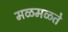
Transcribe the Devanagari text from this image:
मळमळते